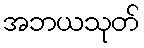
အဘယသုတ်